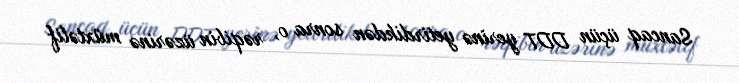
Sancaq üçün DDT yerinə yetirdikdən sonra o, rəqibin üzərinə müxtəlif